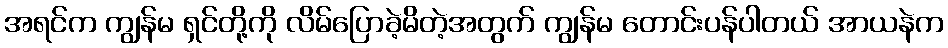
အရင်က ကျွန်မ ရှင်တို့ကို လိမ်ပြောခဲ့မိတဲ့အတွက် ကျွန်မ တောင်းပန်ပါတယ် အာယနဲက